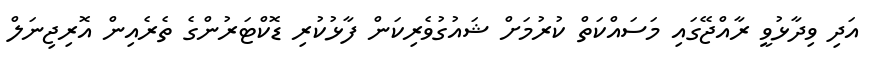
އަދި ވިދާޅުވީ ރާއްޖޭގައި މަސައްކަތް ކުރުމަށް ޝައުގުވެރިކަން ފާޅުކުރި ޑޮކްޓަރުންގެ ތެރެއިން އޮރިޖިނަލް